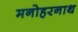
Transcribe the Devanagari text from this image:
मनोहरनाथ